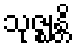
သုဇ္ဈန္တိ